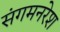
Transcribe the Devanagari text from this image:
संगमनरेश